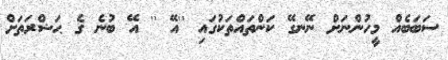
ސަބަބެއް މީހުންނަށް ނޭނގޭ ކަންތައްތަކުގައި ''އޭ '' އޭ ބުނެ ގެ ޙަޟްރަތަށް